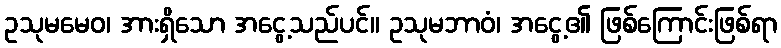
ဥသုမမေဝ၊ အားရှိသော အငွေ့သည်ပင်။ ဥသုမဘာဝံ၊ အငွေ့၏ ဖြစ်ကြောင်းဖြစ်ရာ